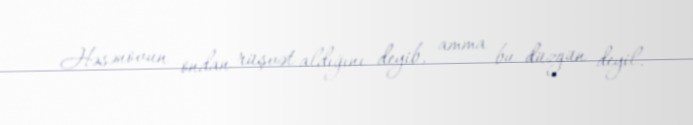
Həsənovun ondan rüşvət aldığını deyib, amma bu düzgün deyil.